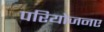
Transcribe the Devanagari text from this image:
परियोजनए